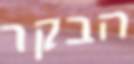
הבקר